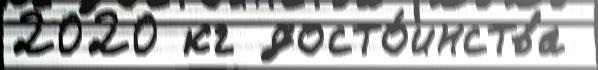
2020 кг досто́инства